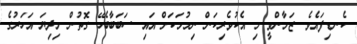
ކެނޑިފައެވެ. ޒަމާންވީ މި އެކުވެރިކަން ނިމުމަކަށް އައި ސަބަބާބެހޭ ގޮތުން މިދިޔަ އަހަރުގެ